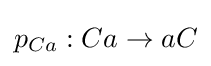
p_{Ca}:Ca\rightarrow aC